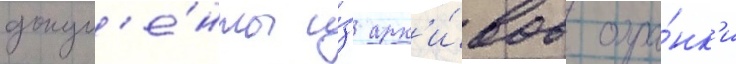
докум'е́нты и́з арх'и́вов охра́нк'и